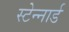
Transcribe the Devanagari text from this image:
स्टेन्नार्ड